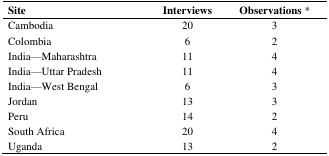
| Site | Interviews | Observations * |
 | --- | --- | --- |
 | Cambodia | 20 | 3 |
 | Colombia | 6 | 2 |
 | India—Maharashtra | 11 | 4 |
 | India—Uttar Pradesh | 11 | 4 |
 | India—West Bengal | 6 | 3 |
 | Jordan | 13 | 3 |
 | Peru | 14 | 2 |
 | South Africa | 20 | 4 |
 | Uganda | 13 | 2 |